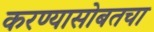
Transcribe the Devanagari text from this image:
करण्यासोबतचा